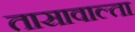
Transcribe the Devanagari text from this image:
तासावाल्ता